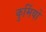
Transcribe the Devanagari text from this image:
कुर्मियों